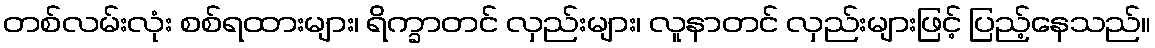
တစ်လမ်းလုံး စစ်ရထားများ၊ ရိက္ခာတင် လှည်းများ၊ လူနာတင် လှည်းများဖြင့် ပြည့်နေသည်။